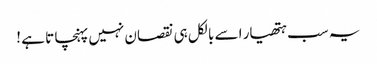
یہ سب ہتھیار اسے بالکل ہی نقصان نہیں پہنچا تا ہے !